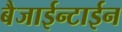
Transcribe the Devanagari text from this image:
बैजाईन्टाईन